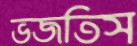
ভজতিস